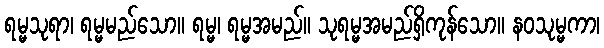
ရမ္မသုရာ၊ ရမ္မမည်သော။ ရမ္မ၊ ရမ္မအမည်။ သုရမ္မအမည်ရှိကုန်သော။ နဝသုမ္မကာ၊